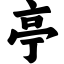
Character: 亭